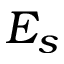
E _ { s }